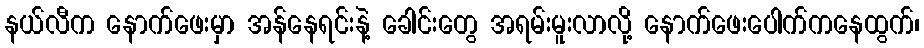
နယ်လီက နောက်ဖေးမှာ အန်နေရင်းနဲ့ ခေါင်းတွေ အရမ်းမူးလာလို့ နောက်ဖေးပေါက်ကနေထွက်၊